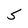
Character: S